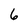
Character: 6